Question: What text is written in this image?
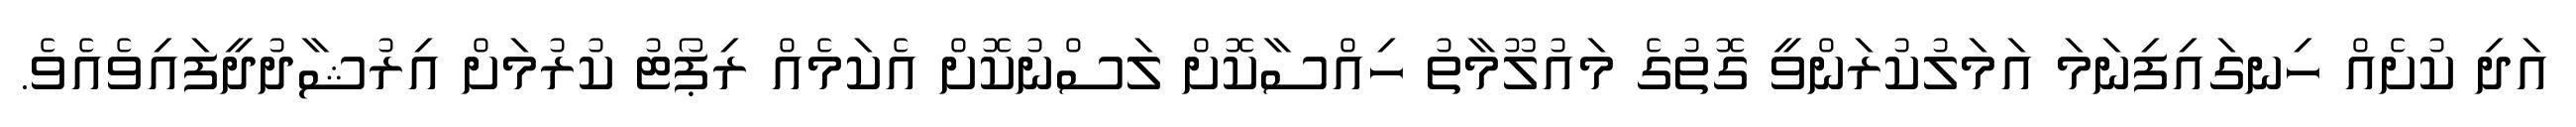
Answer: އަދި ކުށެއް ހިނގައިފިނަމަ އަމަލުކުރަންވީ ގޮތުގެ މައުލޫމާތު ހިއްސާކޮށް ލަސްނުކޮށް އެކަމެއް ރިޕޯޓު ކުރުމަށް އިރުޝާދުދީފައިވެއެވެ.